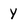
Character: Y